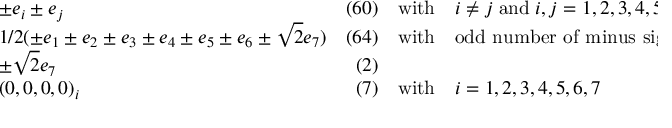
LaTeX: \begin{array} { l r c l } { { \pm e _ { i } \pm e _ { j } } } & { { ( 6 0 ) } } & { { \mathrm { w i t h } } } & { { i \neq j \; \mathrm { a n d } \; i , j = 1 , 2 , 3 , 4 , 5 , 6 } } \\ { { 1 / 2 ( \pm e _ { 1 } \pm e _ { 2 } \pm e _ { 3 } \pm e _ { 4 } \pm e _ { 5 } \pm e _ { 6 } \pm \sqrt { 2 } e _ { 7 } ) } } & { { ( 6 4 ) } } & { { \mathrm { w i t h } } } & { { \mathrm { o d d ~ n u m b e r ~ o f ~ m i n u s ~ s i g n s ~ f o r ~ e _ { 1 } ~ t o ~ e _ { 6 } ~ } } } \\ { { \pm \sqrt { 2 } e _ { 7 } } } & { { ( 2 ) } } & { { } } & { { } } \\ { { ( 0 , 0 , 0 , 0 ) _ { i } } } & { { ( 7 ) } } & { { \mathrm { w i t h } } } & { { i = 1 , 2 , 3 , 4 , 5 , 6 , 7 } } \end{array}